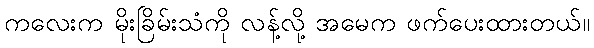
ကလေးက မိုးခြိမ်းသံကို လန့်လို့ အမေက ဖက်ပေးထားတယ်။